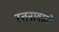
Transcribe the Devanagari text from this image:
रतनावातों